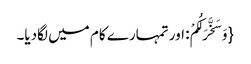
{وَ سَخَّرَ لَکُمْ: اور تمہارے کام میں لگادیا۔